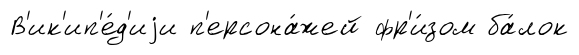
В'ик'ип'е́д'иjи п'ерсона́жей фр'и́зом ба́лок